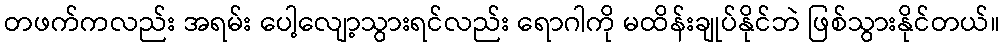
တဖက်ကလည်း အရမ်း ပေါ့လျော့သွားရင်လည်း ရောဂါကို မထိန်းချုပ်နိုင်ဘဲ ဖြစ်သွားနိုင်တယ်။